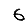
Digit: 6